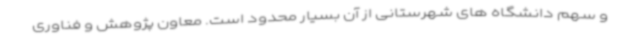
و سهم دانشگاه های شهرستانی از آن بسیار محدود است. معاون پژوهش و فناوری